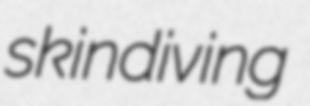
skindiving